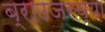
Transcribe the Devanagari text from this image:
ब्राउजरच्या